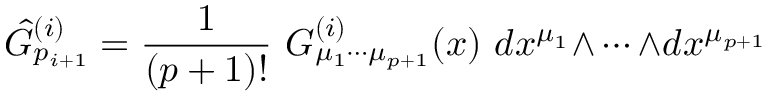
\hat { G } _ { p _ { i + 1 } } ^ { ( i ) } = { \frac { 1 } { ( p + 1 ) ! } } \ G _ { \mu _ { 1 } \cdots \mu _ { p + 1 } } ^ { ( i ) } ( x ) \ d x ^ { \mu _ { 1 } } { \wedge \cdots \wedge } d x ^ { \mu _ { p + 1 } }